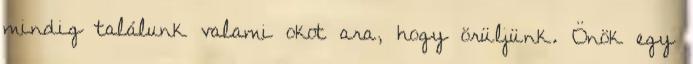
mindig találunk valami okot ara, hogy örüljünk. Önök egy